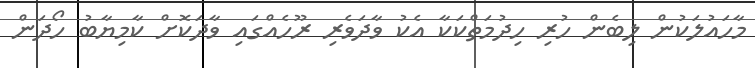
މާހައުލަކުން ލިބެން ހުރި ހިދުމަތްކަކާ އެކު ވާދަވެރި ރޫހެއްގައި ވާދަކޮށް ކާމިޔާބު ހޯދަން